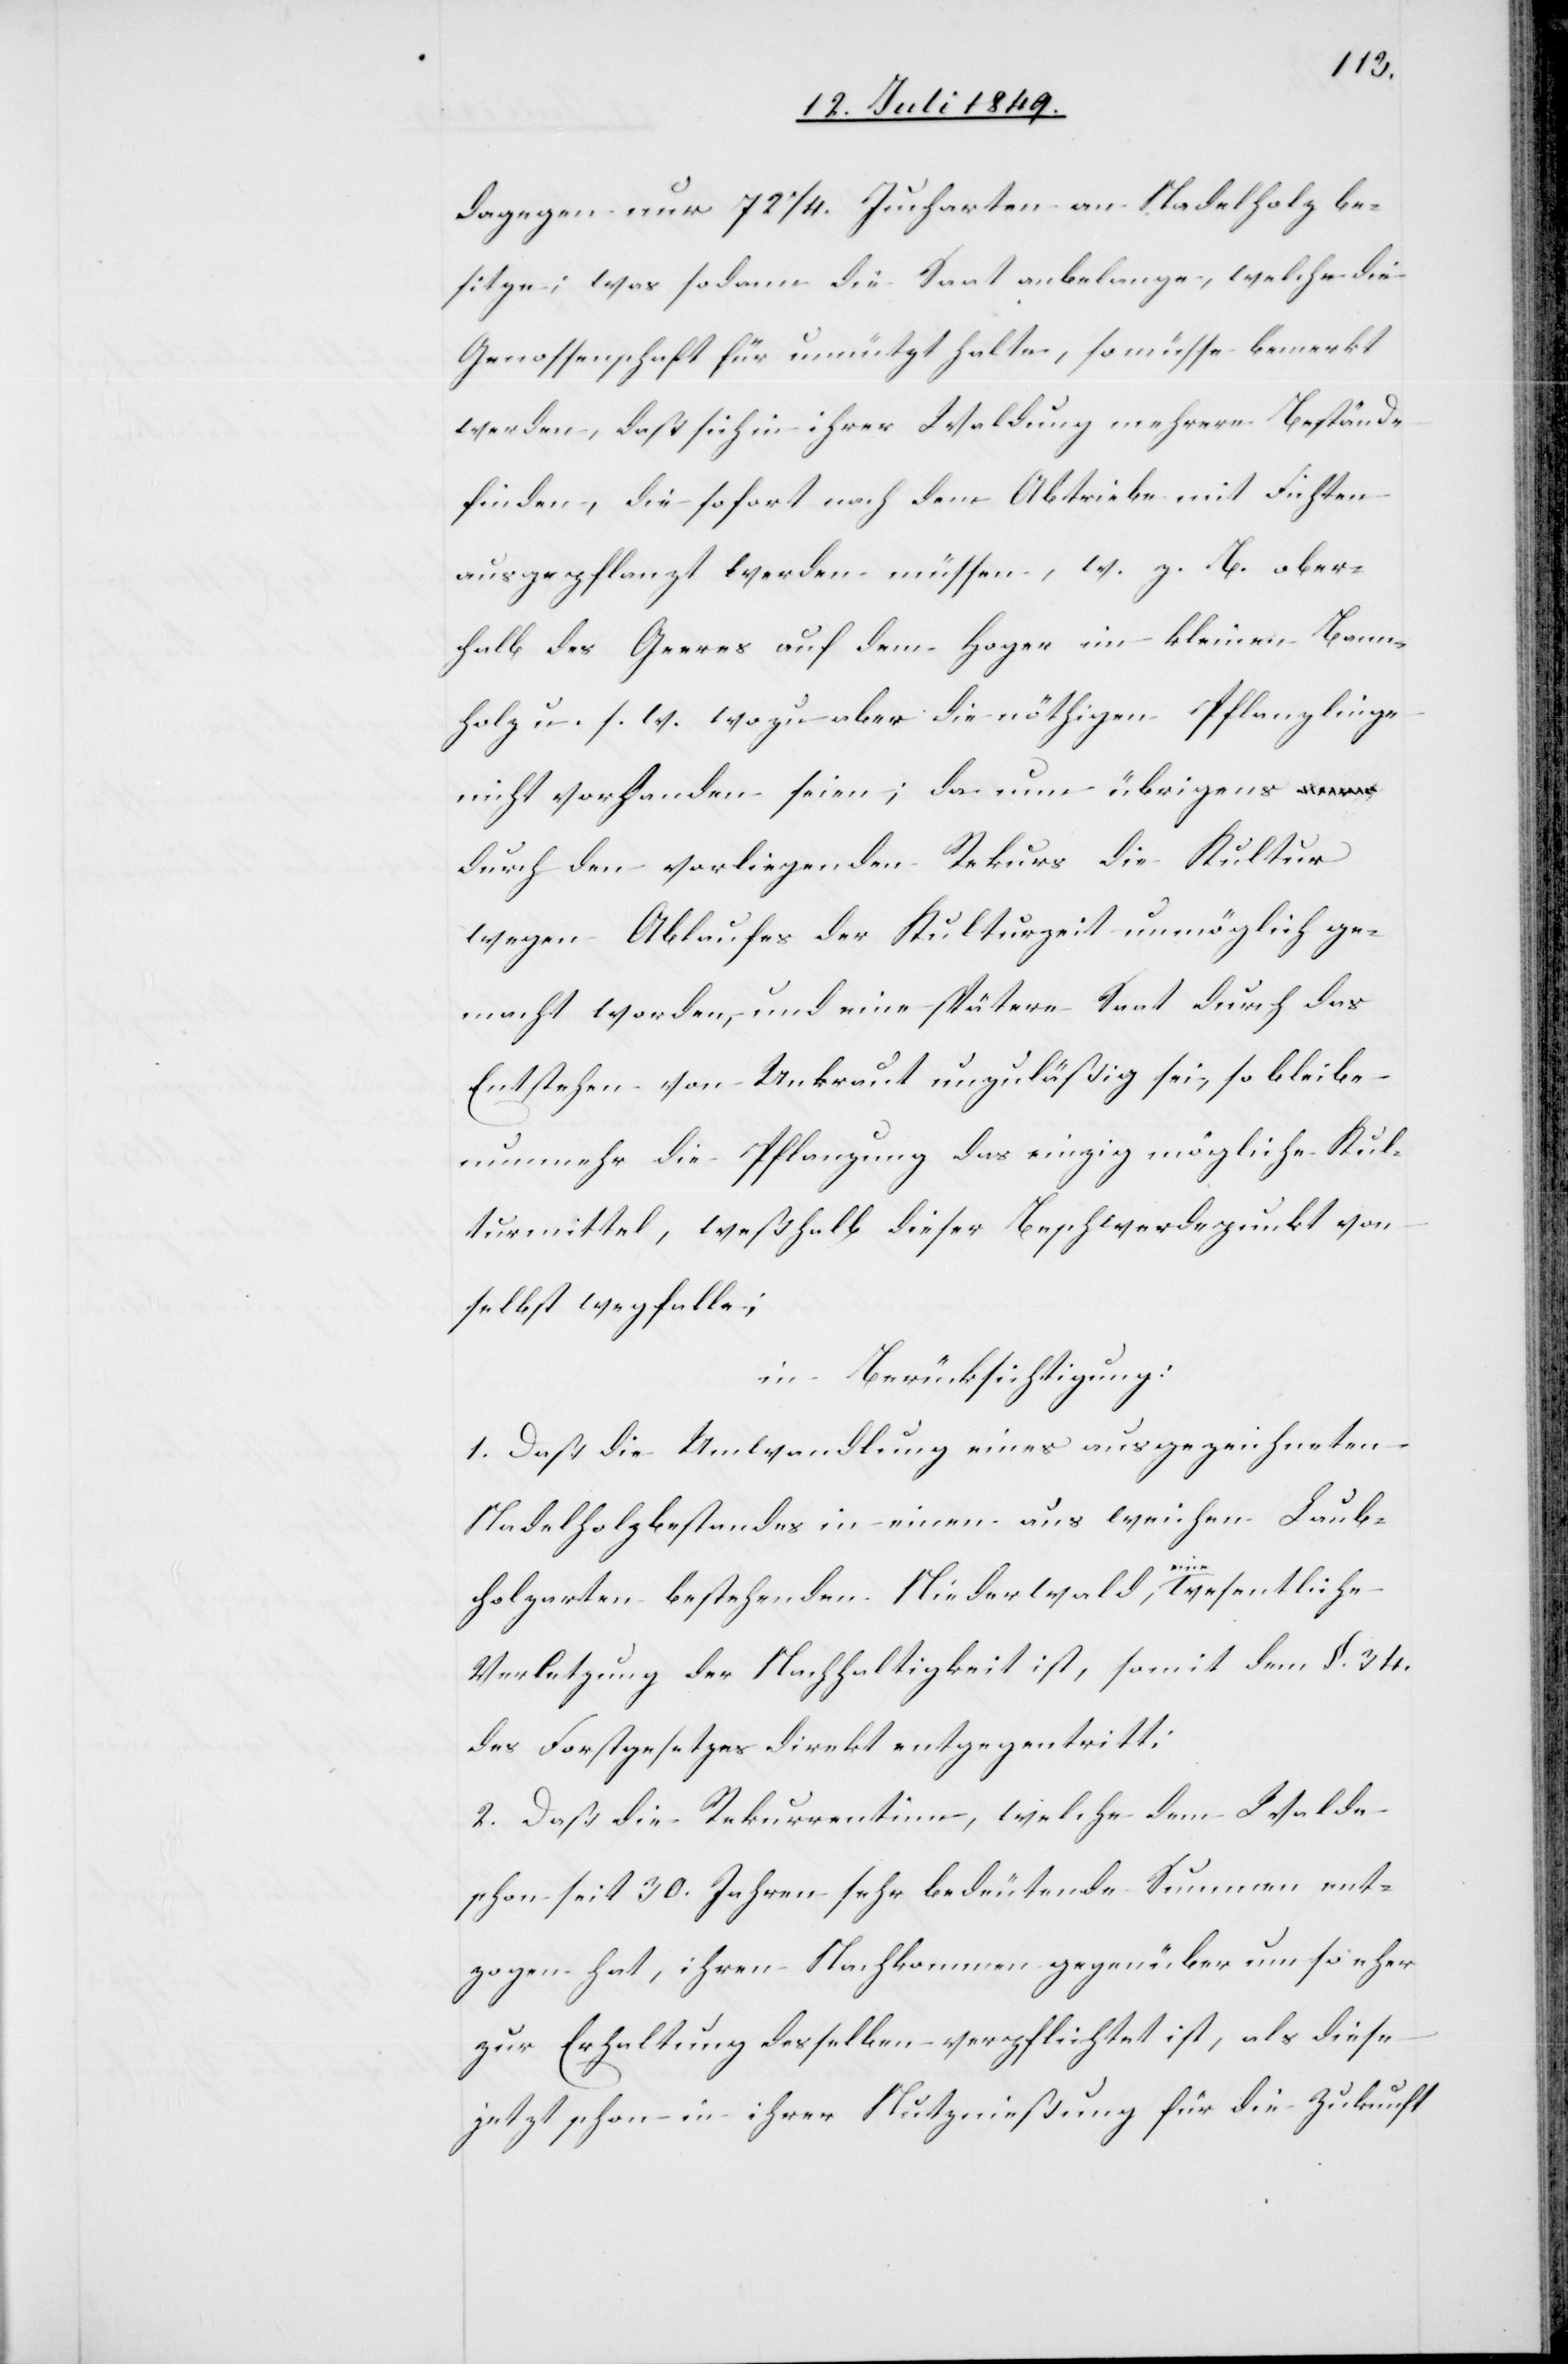
dagegen nur 72 1/4. Jucharten an Nadelholz be¬
sitze; was sodann die Saat anbelange, welche die
Genossenschaft für unnützt halte, so müsse bemerkt
werden, daß sich in ihrer Waldung mehrere Bestände
finden, die sofort nach dem Abtriebe mit Fichten
ausgepflanzt werden müssen, w. z. B. ober¬
halb des Geeres auf dem Hoger im kleinen Bann¬
holz u. s. w. wozu aber die nöthigen Pflanzlinge
nicht vorhanden seien; da nun übrigens
durch den vorliegenden Rekurs die Kultur
wegen Ablaufes der Kulturzeit unmöglich ge¬
macht worden, und eine spätere Saat durch das
Entstehen von Unkraut unzuläßig sei, so bleibe
nunmehr die Pflanzung das einzig mögliche Kul¬
turmittel, weßhalb dieser Beschwerdepunkt von
selbst wegfalle;
in Berücksichtigung:
1. Daß die Umwandlung eines ausgezeichneten
Nadelholzbestandes in einen aus weichen Laub¬
holzarten bestehenden Niederwald, eine wesentliche
Verletzung der Nachhaltigkeit ist, somit dem §. 34.
des Forstgesetzes direkt entgegentritt;
2. Daß die Rekurrentinn, welche dem Walde
schon seit 30. Jahren sehr bedeutende Summen ent¬
zogen hat, ihren Nachkommen gegenüber um so eher
zur Erhaltung desselben verpflichtet ist, als diese
jetzt schon in ihrer Nutznießung für die Zukunft